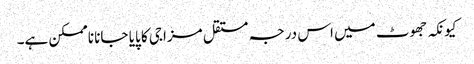
کیونکہ جھوٹ میں اس درجہ مستقل مزاجی کا پایا جانا ناممکن ہے۔